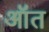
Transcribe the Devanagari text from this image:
ऑत